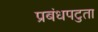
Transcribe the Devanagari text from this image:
प्रबंधपटुता